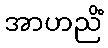
အာဟညိံ